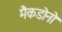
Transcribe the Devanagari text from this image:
मैकडोनो